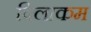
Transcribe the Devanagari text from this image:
विलाकम